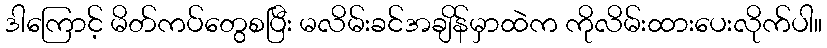
ဒါကြောင့် မိတ်ကပ်တွေစပြီး မလိမ်းခင်အချိန်မှာထဲက ကိုလိမ်းထားပေးလိုက်ပါ။